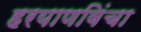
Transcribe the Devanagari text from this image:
हरयाणविंचा